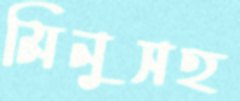
মিনুসহ